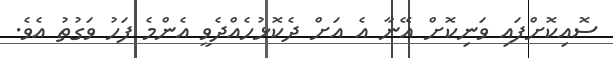
ސޮއިކޮށްފައި ވަނިކޮށް އޭނާ އެ އަށް ދެކޮޅުހެއްދެވީ އެންމެ ފަހު ވަގުތު އެވެ.